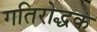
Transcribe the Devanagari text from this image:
गतिरोद्धक